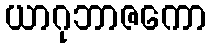
ယာဂုဘာဇကော